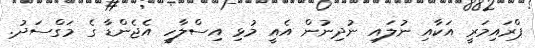
ޕްރައިމަރީ އަކާއި ނުލައި ނުދިނުން އެއީ މުޅި އިސްލާހީ އެޖެންޑާ ގެ މަގްސަދު.